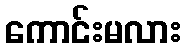
ကောင်းမလား